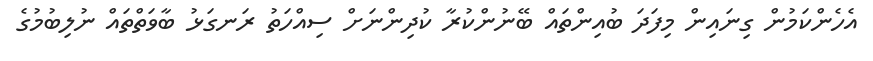
އެހެންކަމުން ގިނައިން މިފަދަ ބުއިންތައް ބޭނުންކުރާ ކުދިންނަށް ސިއްހަތު ރަނގަޅު ބާވަތްތައް ނުލިބުމުގެ